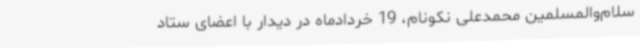
سلام‌والمسلمین محمدعلی نکونام، 19 خردادماه در دیدار با اعضای ستاد